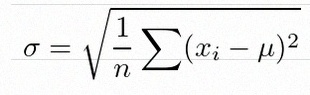
\sigma=\sqrt{\frac1n\sum(x_i-\mu)^2}